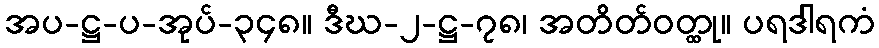
အပ-ဋ္ဌ-ပ-အုပ်-၃၄၈။ ဒီဃ-၂-ဋ္ဌ-၇၈၊ အတိတ်ဝတ္ထု။ ပရဒါရကံ